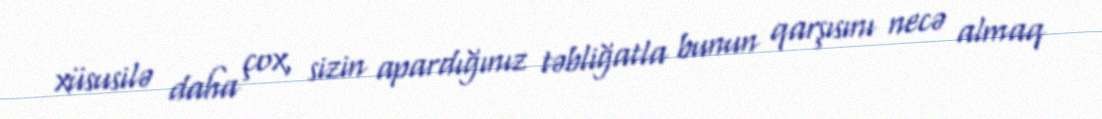
xüsusilə daha çox, sizin apardığınız təbliğatla bunun qarşısını necə almaq